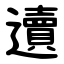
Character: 䢱